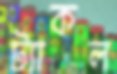
ট্যাকল